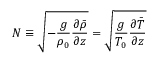
N \equiv \sqrt { - \frac { g } { \rho _ { 0 } } \frac { \partial \bar { \rho } } { \partial z } } = \sqrt { \frac { g } { T _ { 0 } } \frac { \partial \bar { T } } { \partial z } }